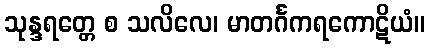
သုန္ဒရတ္တေ စ သလိလေ၊ မာတင်္ဂကရကောဋိယံ။